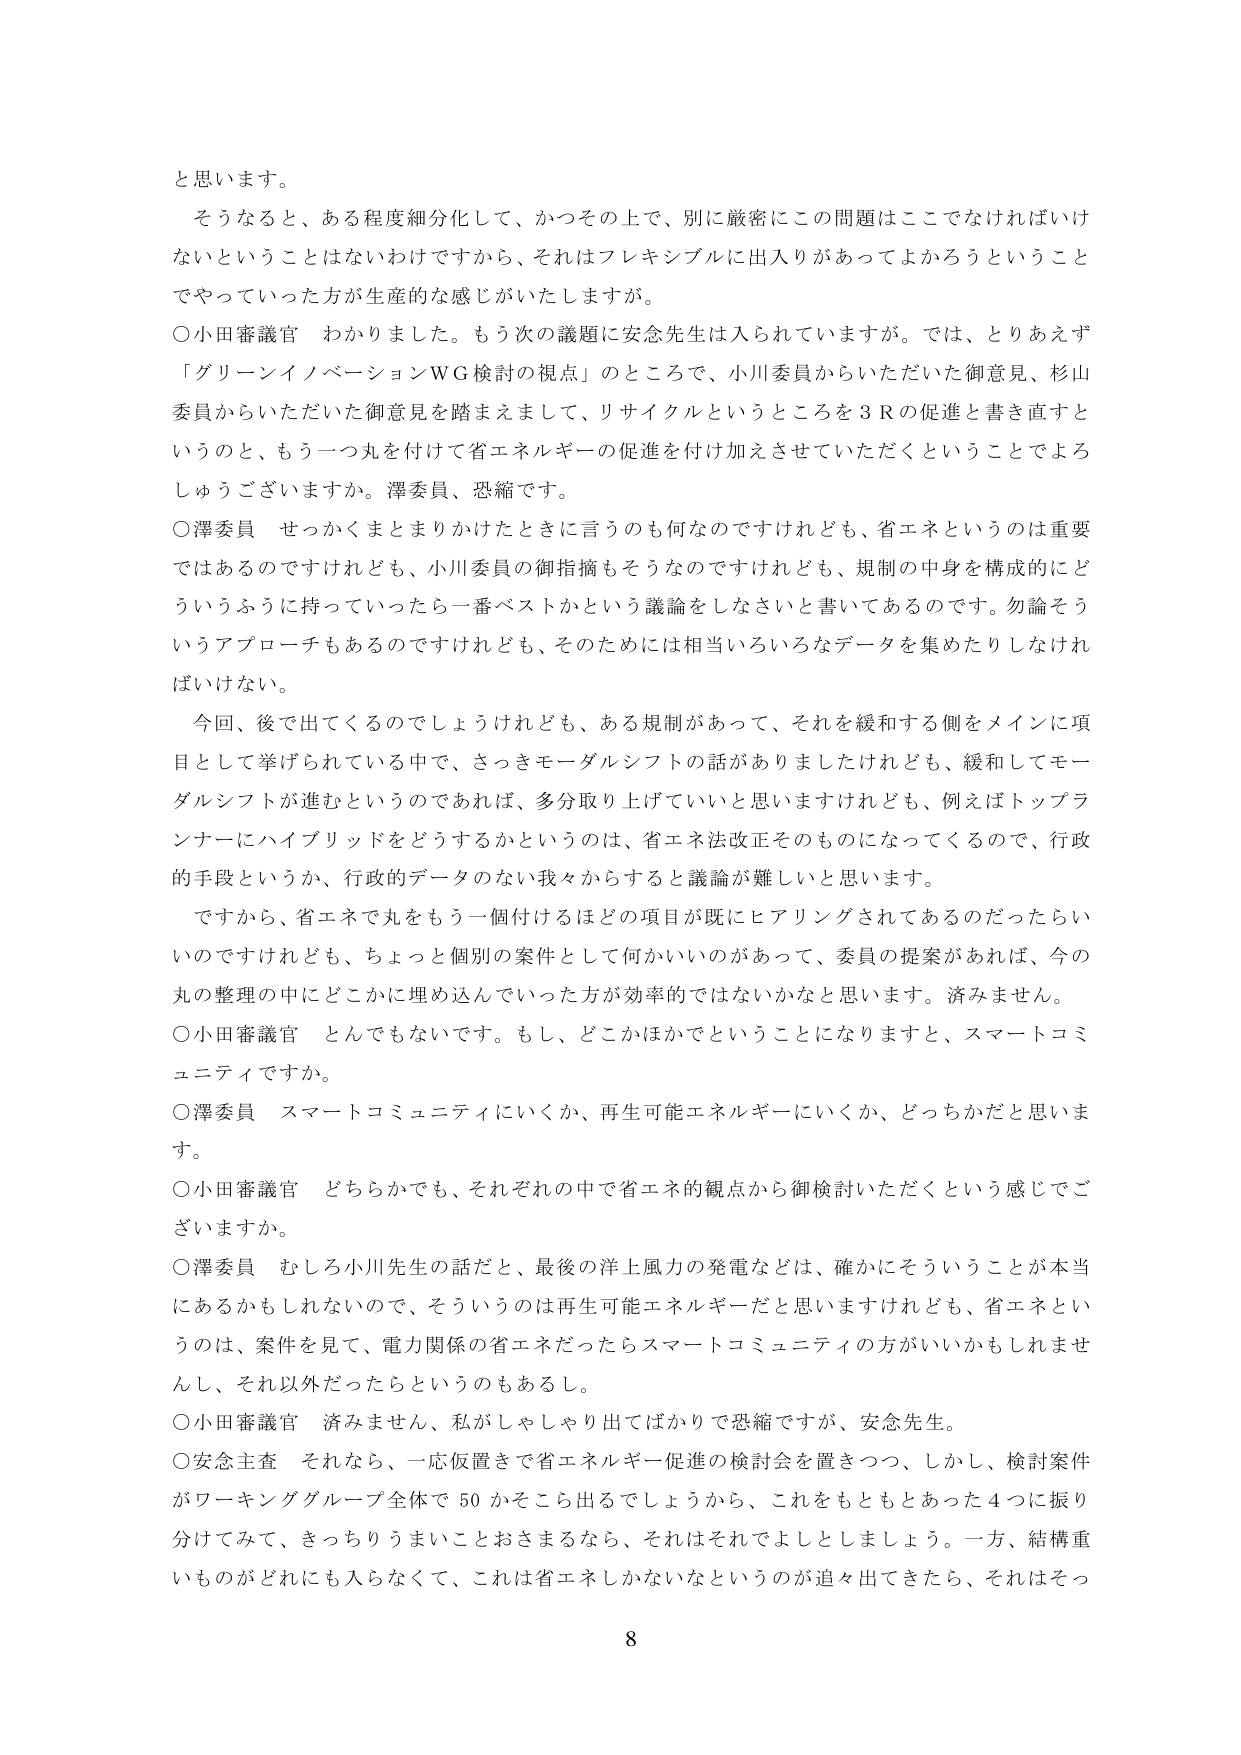
と思います。

そうなると、ある程度細分化して、かっその上で、別に厳密にこの問題はここでなければいけないということはないわけですから、それはフレキシブルに出入りがあってよかろうということでやっていった方が生産的な感じがいたしますが。

○小田審議官　わかりました。もう次の議題に安念先生は入られていますが。では、とりあえず「グリーンイノベーションWG検討の視点」のところで、小川委員からいただいた御意見、杉山委員からいただいた御意見を踏まえまして、リサイクルというところを3Rの促進と書き直すというのと、もう一つ丸を付けて省エネルギーの促進を付け加えさせていただくということでしょうか。澤委員、恐縮です。

○澤委員　せっかくまとまりかけたときに言うのも何なのですが、省エネというのは重要ではあるのですけれども、小川委員の御指摘もそうなのですが、規制の中身を構成的にどういうふうに持っていったら一番ベストかという議論をしなさいと書いてあるのです。勿論そういうアプローチもあるのですけれども、そのためには相当いろいろなデータを集めたりしなければいけない。

今回、後で出てくるのでしょうけれども、ある規制があって、それを緩和する側をメインに項目として挙げられている中で、さっきモデルシフトの話がありましたけれども、緩和してモデルシフトが進むというのであれば、多分取り上げていいと思いますけれども、例えばトップランナーにハイブリッドをどうするかというのは、省エネ法改正そのものになってくるので、行政的手段というか、行政的データのない我々からすると議論が難しいと思います。

ですから、省エネで丸をもう一個付けるほどの項目が既にヒアリングされてあるのだったらいいのですけれども、ちょっと個別の案件として何かいいのがあって、委員の提案があれば、今の丸の整理の中にどこかに埋め込んでいった方が効率的ではないかなと思います。済みません。

○小田審議官　とんでもないです。もし、どこかほかでということになりますと、スマートコミュニティですか。

○澤委員　スマートコミュニティにいくか、再生可能エネルギーにいくか、どっちかだと思います。

○小田審議官　どちらかでも、それぞれの中で省エネ的観点から御検討いただくという感じでございますか。

○澤委員　むしろ小川先生の話だと、最後の洋上風力の発電などは、確かにそういうことが本当にあるかもしれないのです、そういうのは再生可能エネルギーだと思いますけれども、省エネというのは、案件を見て、電力関係の省エネだったらスマートコミュニティの方がいいかもしれませんし、それ以外だったらというのもあるし。

○小田審議官　済みません、私がしゃしゃり出てばかりで恐縮ですが、安念先生。

○安念主査　それなら、一応仮置きで省エネルギー促進の検討会を置きつつ、しかし、検討案件がワーキンググループ全体で50かそこら出るでしょうから、これをもともとあった4つに振り分けてみて、きっちりうまいことおさまるなら、それはそれでよしとしましょう。一方、結構重いものがどれにも入らなくて、これは省エネしかないというのが出てきたら、それはそっ

8